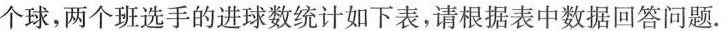
个球，两个班选手的进球数统计如下表，请根据表中数据回答问题.